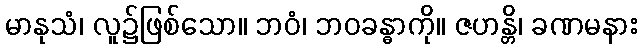
မာနုသံ၊ လူ၌ဖြစ်သော။ ဘဝံ၊ ဘဝခန္ဓာကို။ ဇဟန္တိ၊ ခဏမနား